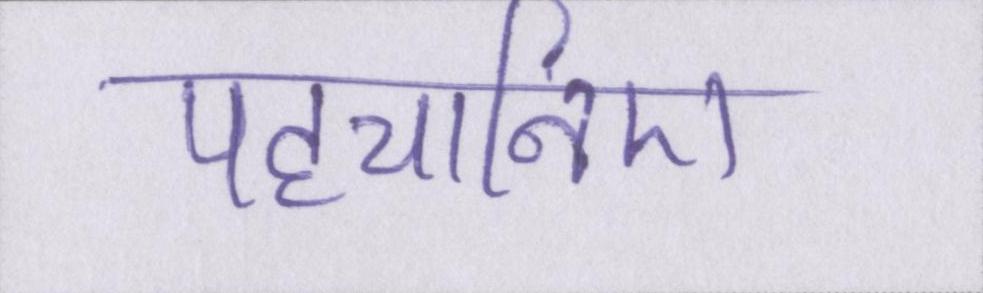
पहचानिए